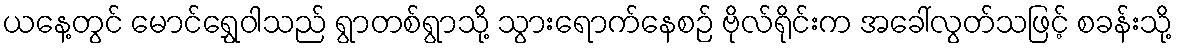
ယနေ့တွင် မောင်ရွှေဝါသည် ရွာတစ်ရွာသို့ သွားရောက်နေစဉ် ဗိုလ်ရိုင်းက အခေါ်လွတ်သဖြင့် စခန်းသို့